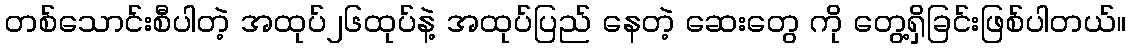
တစ်သောင်းစီပါတဲ့ အထုပ်၂၆ထုပ်နဲ့ အထုပ်ပြည် နေတဲ့ ဆေးတွေ ကို တွေ့ရှိခြင်းဖြစ်ပါတယ်။